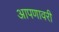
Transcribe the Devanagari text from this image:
आपणावरी